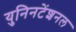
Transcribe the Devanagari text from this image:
युनिनटेंशनल